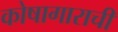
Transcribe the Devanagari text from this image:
कोषागाराची